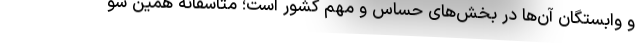
و وابستگان آن‌ها در بخش‌های حساس و مهم کشور است؛ متاسفانه همین سو